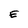
Character: E